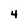
Character: 4